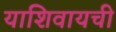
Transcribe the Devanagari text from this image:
याशिवायची